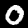
Label: 0